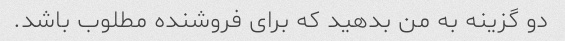
دو گزینه به من بدهید که برای فروشنده مطلوب باشد.